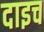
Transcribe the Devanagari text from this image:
दाइच